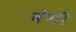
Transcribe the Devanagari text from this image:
बेंगी